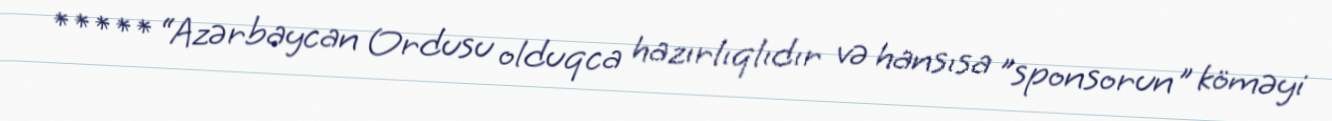
***** “Azərbaycan Ordusu olduqca hazırlıqlıdır və hansısa ”sponsorun" köməyi